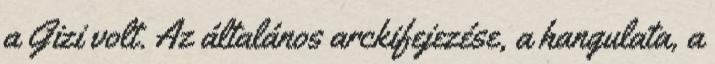
a Gizi volt. Az általános arckifejezése, a hangulata, a